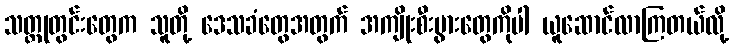
သတ္တုတွင်းတွေက သူတို့ ဒေသခံတွေအတွက် အကျိုးစီးပွားတွေကိုပါ ယူဆောင်လာကြတယ်လို့